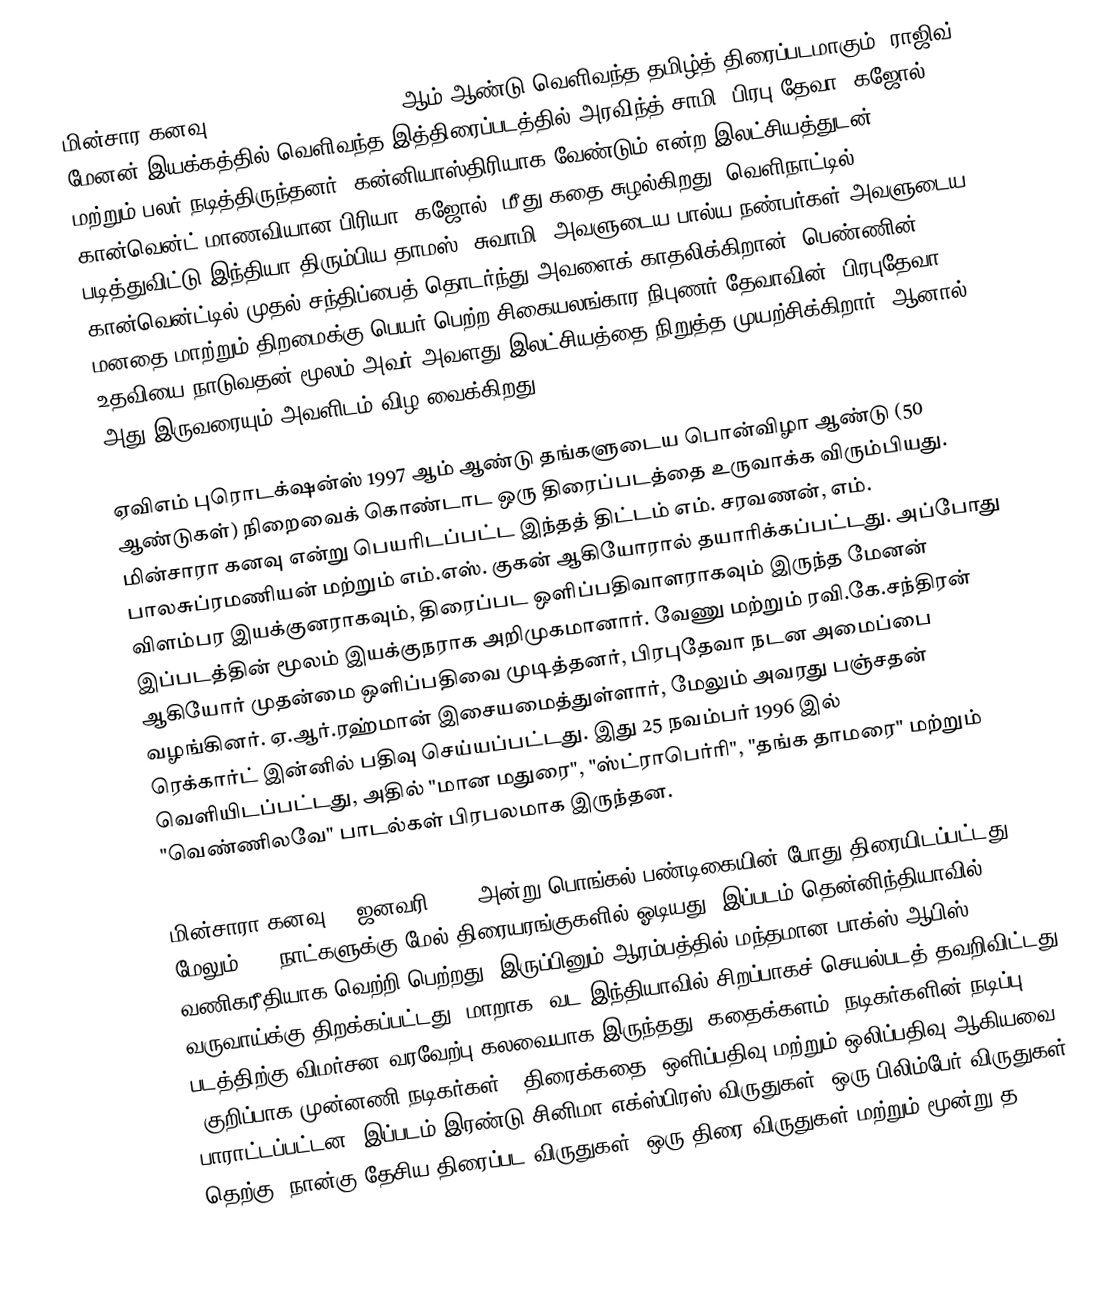
மின்சார கனவு (Minsara Kanavu), 1997 ஆம் ஆண்டு வெளிவந்த தமிழ்த் திரைப்படமாகும். ராஜிவ் மேனன் இயக்கத்தில் வெளிவந்த இத்திரைப்படத்தில் அரவிந்த் சாமி, பிரபு தேவா, கஜோல் மற்றும் பலர் நடித்திருந்தனர். கன்னியாஸ்திரியாக வேண்டும் என்ற இலட்சியத்துடன் கான்வென்ட் மாணவியான பிரியா (கஜோல்) மீது கதை சுழல்கிறது.  வெளிநாட்டில் படித்துவிட்டு இந்தியா திரும்பிய தாமஸ் (சுவாமி)-அவளுடைய பால்ய நண்பர்கள்-அவளுடைய கான்வென்ட்டில் முதல் சந்திப்பைத் தொடர்ந்து அவளைக் காதலிக்கிறான்.  பெண்ணின் மனதை மாற்றும் திறமைக்கு பெயர் பெற்ற சிகையலங்கார நிபுணர் தேவாவின் (பிரபுதேவா) உதவியை நாடுவதன் மூலம் அவர் அவளது இலட்சியத்தை நிறுத்த முயற்சிக்கிறார், ஆனால் அது இருவரையும் அவளிடம் விழ வைக்கிறது.

ஏவிஎம் புரொடக்‌ஷன்ஸ் 1997 ஆம் ஆண்டு தங்களுடைய பொன்விழா ஆண்டு (50 ஆண்டுகள்) நிறைவைக் கொண்டாட ஒரு திரைப்படத்தை உருவாக்க விரும்பியது. மின்சாரா கனவு என்று பெயரிடப்பட்ட இந்தத் திட்டம் எம். சரவணன், எம். பாலசுப்ரமணியன் மற்றும் எம்.எஸ். குகன் ஆகியோரால் தயாரிக்கப்பட்டது.  அப்போது விளம்பர இயக்குனராகவும், திரைப்பட ஒளிப்பதிவாளராகவும் இருந்த மேனன் இப்படத்தின் மூலம் இயக்குநராக அறிமுகமானார்.  வேணு மற்றும் ரவி.கே.சந்திரன் ஆகியோர் முதன்மை ஒளிப்பதிவை முடித்தனர், பிரபுதேவா நடன அமைப்பை வழங்கினர். ஏ.ஆர்.ரஹ்மான் இசையமைத்துள்ளார், மேலும் அவரது பஞ்சதன் ரெக்கார்ட் இன்னில் பதிவு செய்யப்பட்டது.  இது 25 நவம்பர் 1996 இல் வெளியிடப்பட்டது, அதில் "மான மதுரை", "ஸ்ட்ராபெர்ரி", "தங்க தாமரை" மற்றும் "வெண்ணிலவே" பாடல்கள் பிரபலமாக இருந்தன.

மின்சாரா கனவு 14 ஜனவரி 1997 அன்று பொங்கல் பண்டிகையின் போது திரையிடப்பட்டது, மேலும் 175 நாட்களுக்கு மேல் திரையரங்குகளில் ஓடியது.  இப்படம் தென்னிந்தியாவில் வணிகரீதியாக வெற்றி பெற்றது, இருப்பினும் ஆரம்பத்தில் மந்தமான பாக்ஸ் ஆபிஸ் வருவாய்க்கு திறக்கப்பட்டது;  மாறாக, வட இந்தியாவில் சிறப்பாகச் செயல்படத் தவறிவிட்டது.  படத்திற்கு விமர்சன வரவேற்பு கலவையாக இருந்தது, கதைக்களம், நடிகர்களின் நடிப்பு (குறிப்பாக முன்னணி நடிகர்கள்), திரைக்கதை, ஒளிப்பதிவு மற்றும் ஒலிப்பதிவு ஆகியவை பாராட்டப்பட்டன.  இப்படம் இரண்டு சினிமா எக்ஸ்பிரஸ் விருதுகள், ஒரு பிலிம்பேர் விருதுகள் தெற்கு, நான்கு தேசிய திரைப்பட விருதுகள், ஒரு திரை விருதுகள் மற்றும் மூன்று த